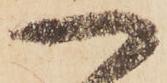
一